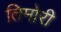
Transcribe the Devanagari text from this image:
तिमोरी